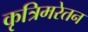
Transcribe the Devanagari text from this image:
कृत्रिमरेतन